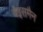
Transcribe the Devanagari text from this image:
वेइसमैन